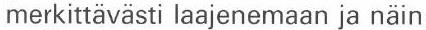
merkittävästi laajenemaan ja näin